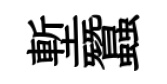
塹蠶